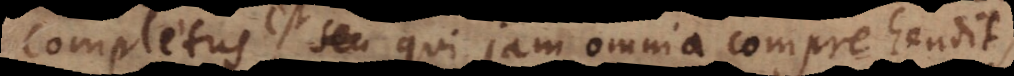
completus est, qui jam omnia comprehendit,